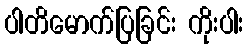
ပါတိမောက်ပြခြင်း ကိုးပါး